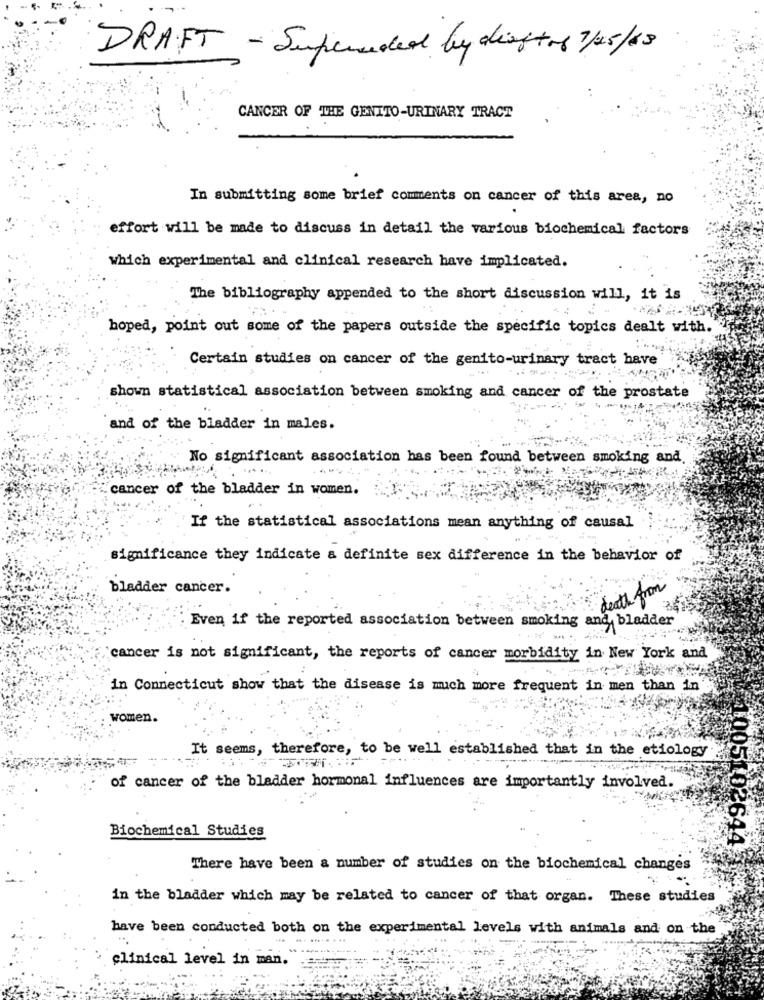
DRAFT - Superceded by diector 7/25/68
CANCER OF THE GENITO-URINARY TRACT
In submitting some brief comments on cancer of this area, no
effort will be made to discuss in detail the various biochemical factors
which experimental and clinical research have implicated.
The bibliography appended to the short discussion will, it is
hoped, point out some of the papers outside the specific topics dealt with.
Certain studies on cancer of the genito-urinary tract have
shown statistical association between smoking and cancer of the prostate
and of the bladder in males.
No significant association has been found between smoking and.
cancer of the bladder in women.
If the statistical associations mean anything of causal
significance they indicate a definite sex difference in the behavior of
bladder cancer.
death from
Even if the reported association between smoking and bladder
cancer is not significant, the reports of cancer morbidity in New York and
in Connecticut show that the disease is mich more frequent in men than in
women.
It seems, therefore, to be well established that in the etiology
of cancer of the bladder hormonal influences are importantly involved.
Biochemical Studies
1005102644
There have been a number of studies on the biochemical changes
in the bladder which may be related to cancer of that organ. These studies
have been conducted both on the experimental levels with animals and on the
clinical level in man.